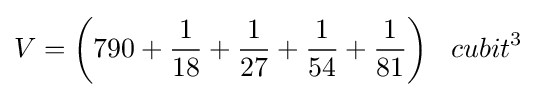
V={\bigg (}790+{\frac {1}{18}}+{\frac {1}{27}}+{\frac {1}{54}}+{\frac {1}{81}}{\bigg )}\;\;\;cubit^{3}